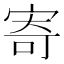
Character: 寄